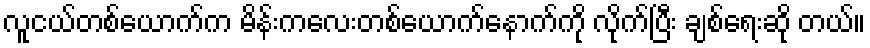
လူငယ်တစ်ယောက်က မိန်းကလေးတစ်ယောက်နောက်ကို လိုက်ပြီး ချစ်ရေးဆို တယ်။